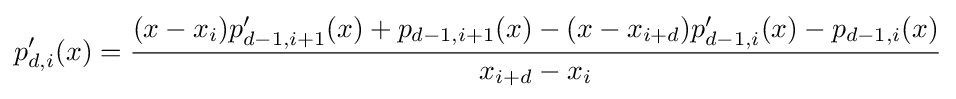
p'_{d,i}(x)={\frac {(x-x_{i})p'_{d-1,i+1}(x)+p_{d-1,i+1}(x)-(x-x_{i+d})p'_{d-1,i}(x)-p_{d-1,i}(x)}{x_{i+d}-x_{i}}}